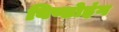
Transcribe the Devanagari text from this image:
विण्डोइंग